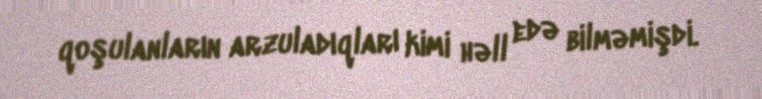
qoşulanların arzuladıqları kimi həll edə bilməmişdi.